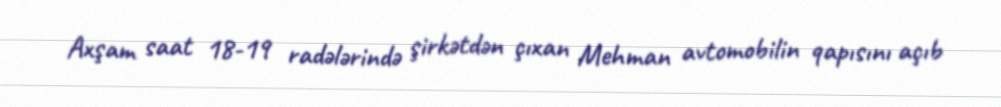
Axşam saat 18-19 radələrində şirkətdən çıxan Mehman avtomobilin qapısını açıb